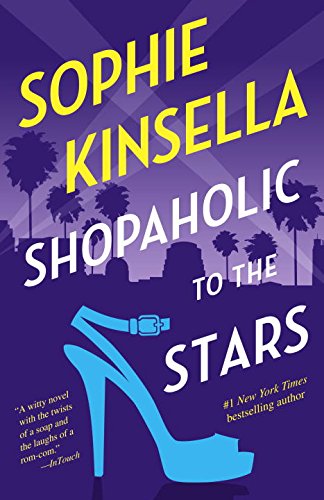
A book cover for Shopaholic to the Stars: A Novel; Sophie Kinsella; Romance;